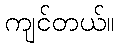
ကျင်တယ်။